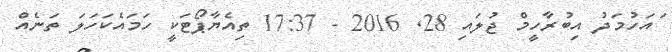
ަައަހުމަދު އިބުރާހީމް ޖުލައި 28